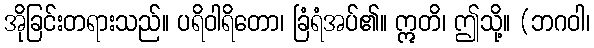
အိုခြင်းတရားသည်။ ပရိဝါရိတော၊ ခြံရံအပ်၏။ ဣတိ၊ ဤသို့။ (ဘဂဝါ၊